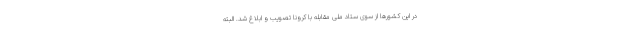
در این کشورها از سوی ستاد ملی مقابله با کرونا تصویب و ابلاغ شد. البته